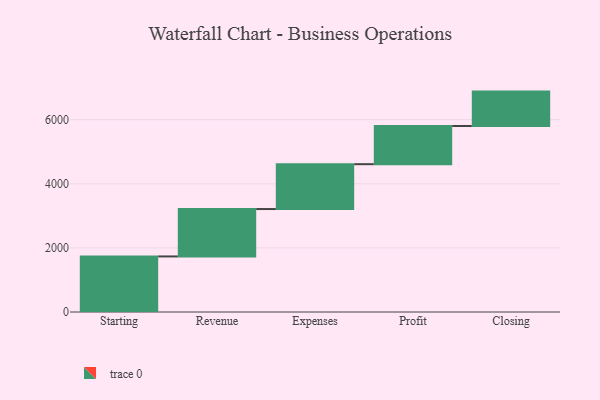
{"axis": {"x": "Step", "y": "Value"}, "legend": [""], "data": [{"x": "Starting", "y": 1734.0, "type": ""}, {"x": "Revenue", "y": 1479.0, "type": ""}, {"x": "Expenses", "y": 1400.0, "type": ""}, {"x": "Profit", "y": 1191.0, "type": ""}, {"x": "Closing", "y": 1074.0, "type": ""}]}